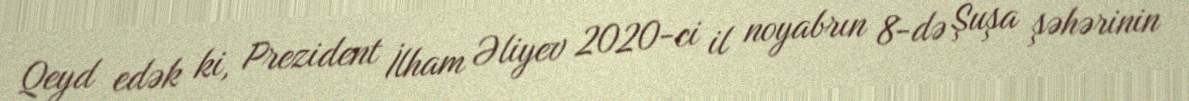
Qeyd edək ki, Prezident İlham Əliyev 2020-ci il noyabrın 8-də Şuşa şəhərinin